Report of the King Institute of Preventive Medicine, Guindy
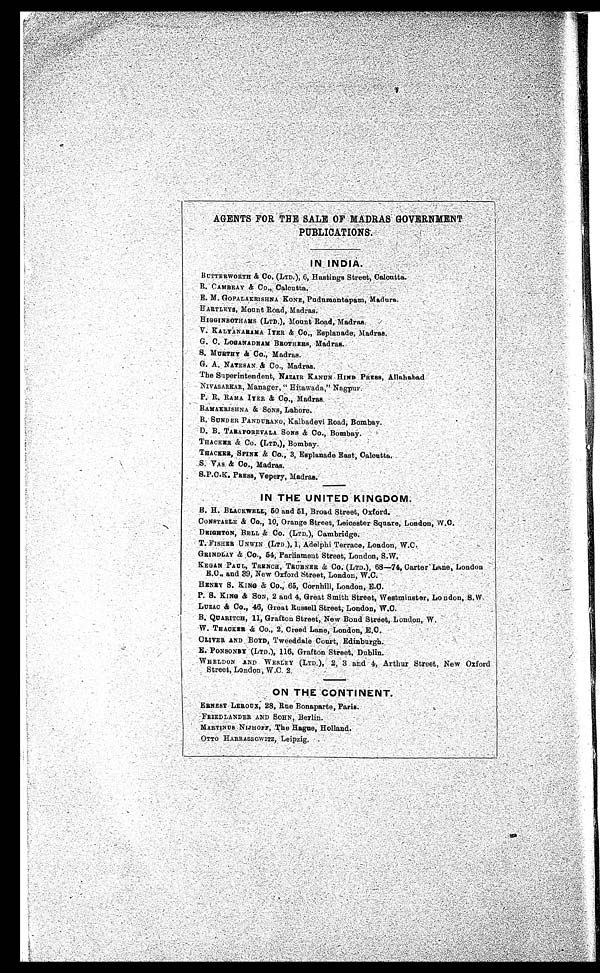
AGENTS FOR THE SALE OFF MADRAS GOVERNMENT
PUBLICATIONS.
IN INDIA.
BUTTERWORTH & CO, (LTD.), 6, Hastings Street, Calcutta.
R. CAMBRAY & Co., Calcutta.
E. M. GOPALAKRISHNA KONE, Pudumantapam, Madura.
HARTLEYS, Mount Road, Madras.
HIGGINBOTHAMS (LTD.), Mount Road, Madras.
V. KALYANARAMA IYER & C o . , E s p l a n a d e ,
Madras.
G. C. LOGANADHAM BROTHERS, Madras.
S. MURTHY & CO., Madras.
G. A. NATESAN & CO., Madras.
The Superintendent, NAZAIR KANUN HIND PRESS, Allahabad.
NIVASARKAR, Manager, “Hitawada,” Nagpur.
P. R. RAMA IYER & CO., Madras,
RAMAKRISHNA & SONS, Lahore.
R. SUNDER PANDURANG, Kalbadevi Road, Bombay
.
D. B. TARAPOREVALA SONS & CO., Bombay
.
THACKER & Co. (LTD.), Bombay.
THACKER, SPINK & CO., 3, Esplanade East, Calcutta.
S. VAS & Co., Madras.
S.P.C.K. PRESS, Vepery, Madras.
IN THE UNITED KINGDOM.
B. H. BLACKWELL, 50 and 51, Broad Street, Oxford.
CONSTABLE & Co., 10, Orange Street, Leicester Square, London, W .C.
DEIGHTON, BELL & Co. (LTD.), Cambridge.
T. FISHER UNWIN (LTD,), 1, Adelphi Terrace, London, W.
C.
GRINDLAY & Co., 54, Parliament Street, London, S.W.
KEGAN PAUL, TRENCH, TRUBNER & CO. (LTD.), 68–74, Carter Lane, London
E.C., and 39, New Oxford Street, London, W.C.
HENRY S. KING & Co., 65, Cornhill, London, E.C.
P. S. KING & SON, 2 and 4, Great Smith Street, Westminster, London, S.W.
LUZAC & CO., 46, Great Russell Street, London, W.C.
B. QUARITCH, 11, Grafton Street, New Bond Street, London, W.
W. THACKER & Co., 2, Creed Lane, London, E.C
.
OLIVER AND BOYD, Tweeddale Court, Edinburgh.
E. PONSONBY (LTD.), 116, Grafton Street, Dublin.
WHELDON AND WESLEY (LTD.), 2, 3 and 4, Arthur Street, New Oxford
Street, London, W.C. 2.
ON THE CONTINENT.
ERNEST LEROUX, 28, Rue Bonaparte, Paris.
FRIEDLANDER AND SOHN, Berlin.
MARTINUS NIJHOFF, The Hague, Holland.
OTTO HARRASSOWITZ, Leipzig.
if